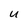
Character: U